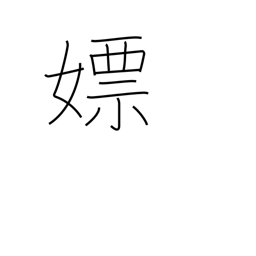
Meaning: wanton